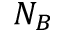
N _ { B }